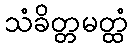
သံခိတ္တမတ္ထံ